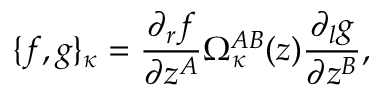
\{ f , g \} _ { \kappa } = \frac { \partial _ { r } f } { \partial z ^ { A } } \Omega _ { \kappa } ^ { A B } ( z ) \frac { \partial _ { l } g } { \partial z ^ { B } } ,